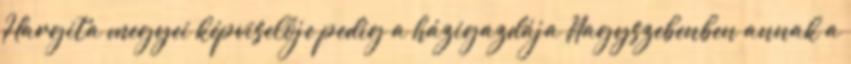
Hargita megyei képviselője pedig a házigazdája Nagyszebenben annak a